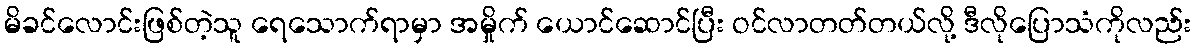
မိခင်လောင်းဖြစ်တဲ့သူ ရေသောက်ရာမှာ အမှိုက် ယောင်ဆောင်ပြီး ဝင်လာတတ်တယ်လို့ ဒီလိုပြောသံကိုလည်း